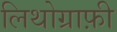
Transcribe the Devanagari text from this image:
लिथोग्राफ़ी